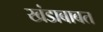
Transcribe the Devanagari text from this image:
खंडाबाबत